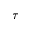
\tau